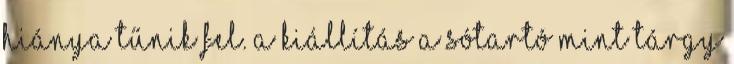
hiánya tűnik fel. A kiállítás a sótartó mint tárgy